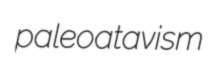
paleoatavism